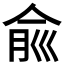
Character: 𠉽